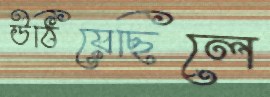
উঠিয়েছিলে